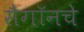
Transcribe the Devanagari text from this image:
सैगॉनचे